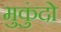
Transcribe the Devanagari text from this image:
मुकुंदो